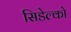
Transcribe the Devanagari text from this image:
सिडेल्को